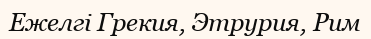
Ежелгі Грекия, Этрурия, Рим